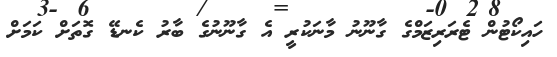
ހައިކޯޓުން ޓެރަރިޒަމްގެ ގާނޫނު މާނަކުރީ އެ ގާނޫނުގެ ބާރު ކެނޑޭ ގޮތަށް ކަމަށް